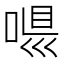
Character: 𠶼